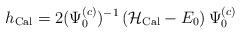
LaTeX: \begin{align*}h_{{\rm Cal}} = 2(\Psi_{0}^{(c)})^{-1}\, ({\cal H}_{\rm Cal}-E_0)\, \Psi_{0}^{(c)}\end{align*}